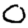
Digit: 0